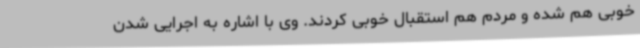
خوبی هم شده و مردم هم استقبال خوبی کردند. وی با اشاره به اجرایی شدن